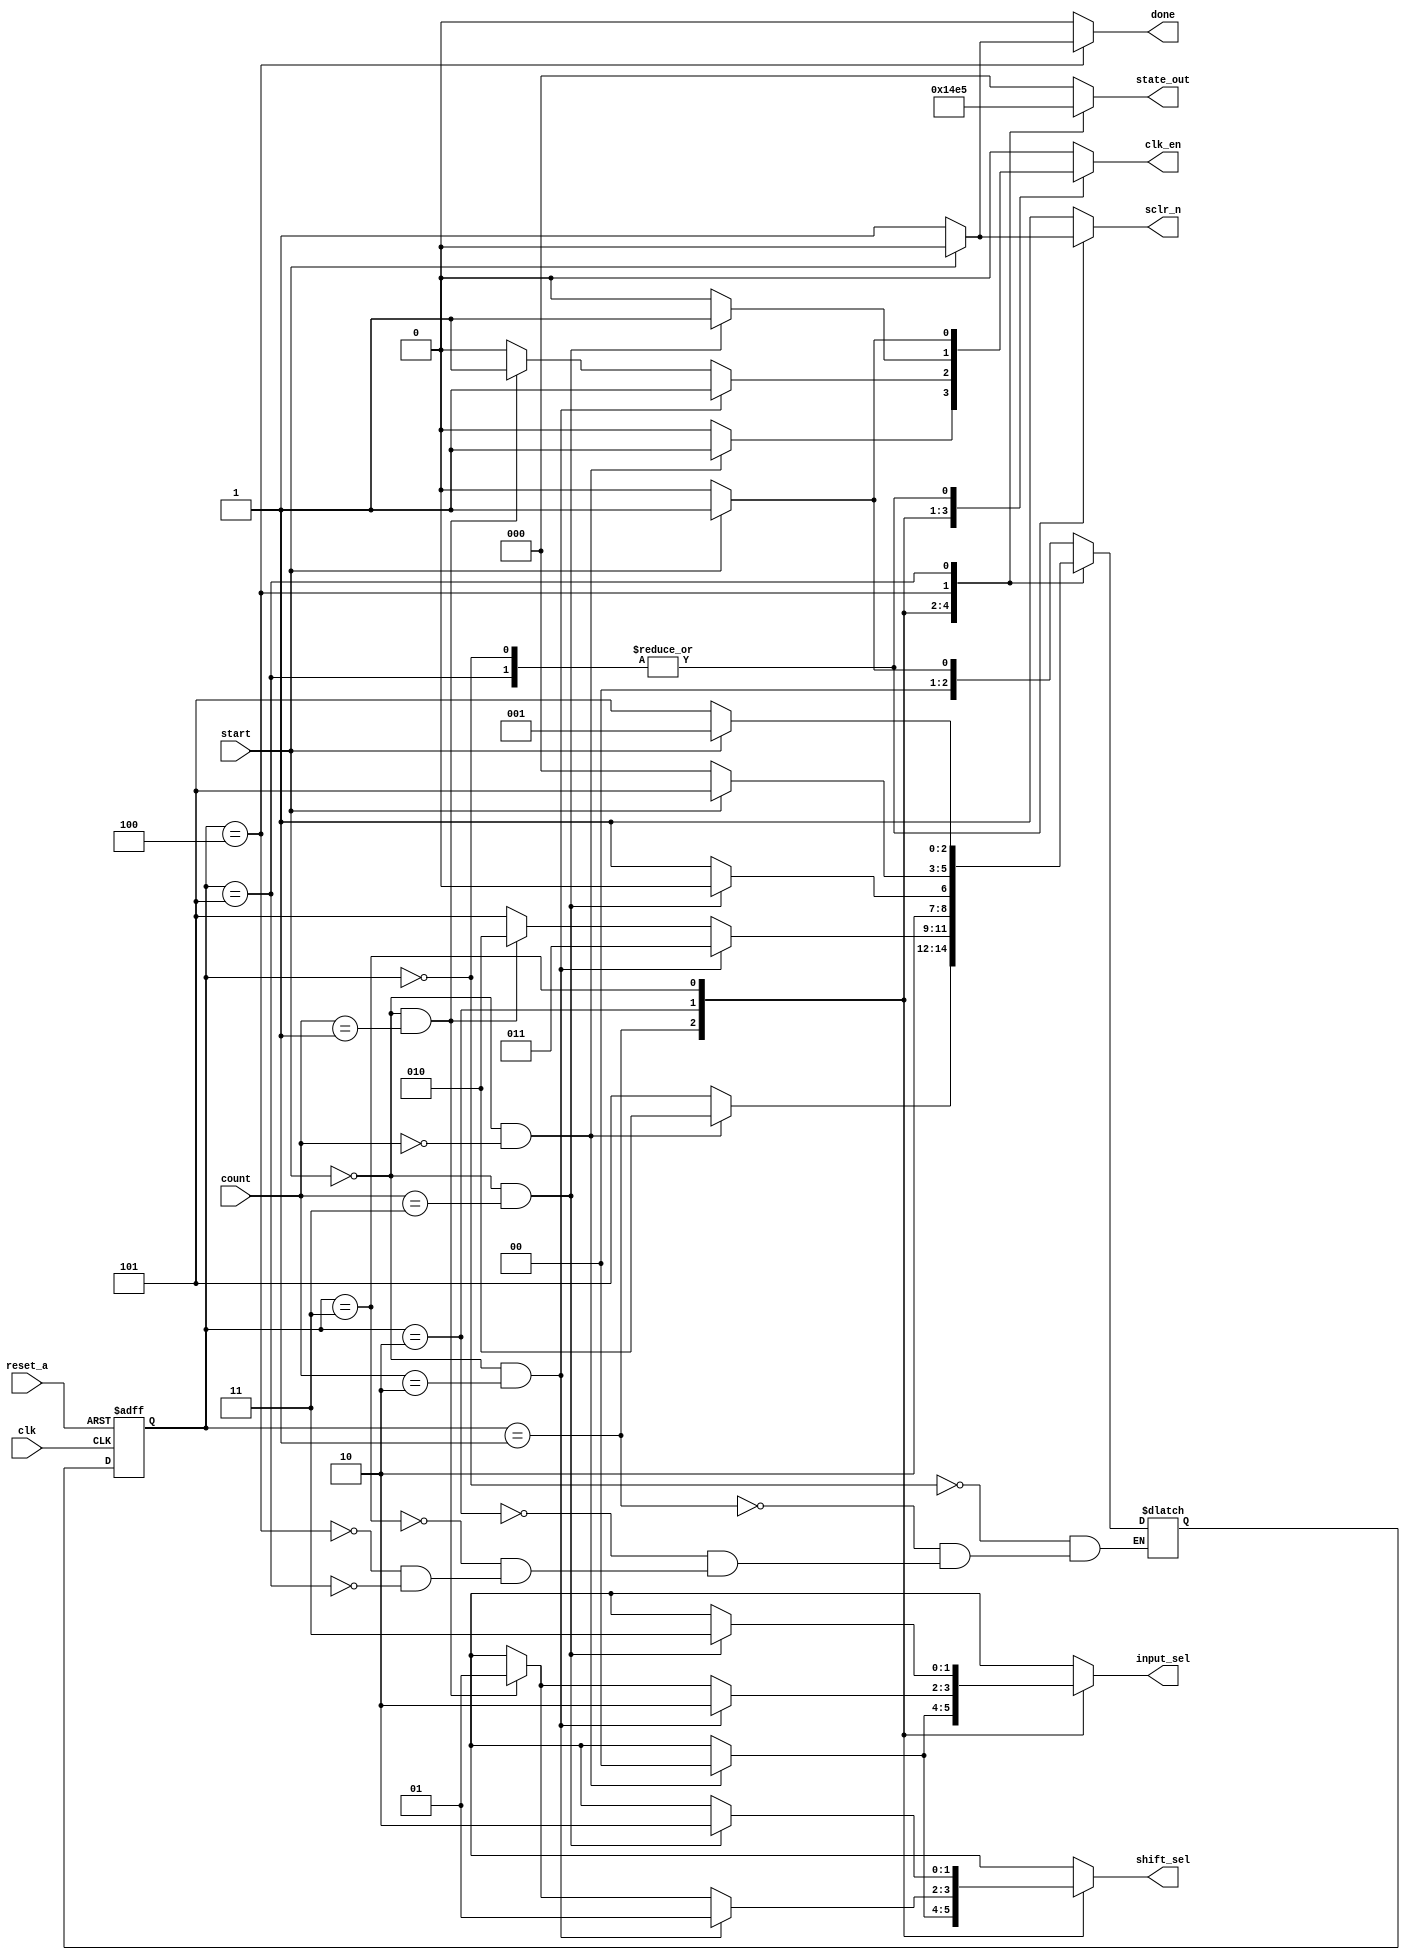
//	ECE 176 HW 11 mult_control
// Multiplier Control State Machine (Moore Machine)
//
// Programmer: Zachary Stewart
//
// Description: 
///////////////////////////////////////////////////////////////////

`timescale 1ns / 100ps

module mult_control (clk,reset_a,start,count,input_sel,shift_sel,
							state_out,done,clk_en,sclr_n);
	
	// Declare input ports
	input clk, reset_a, start;
	input [1:0] count;
	
	// Declare output ports
	output reg [1:0] input_sel, shift_sel;
	output reg done, clk_en, sclr_n;
	output reg [2:0] state_out;
	
	
	// Registers to implement the functionality of the state
	// machine. These are the state variables
	reg [2:0] curState, nextState;
	
	// The parameter equates a numerical value to the different
	// possible states.
	parameter IDLE = 3'b000,
				 LSB = 3'b001,
				 MID = 3'b010,
				 MSB = 3'b011,
				 CALC_DONE = 3'b100,
				 ERR = 3'b101;
				 
	// This always block implements the functionality of reset_a
	// reset_a is a synchronous reset
	always @ (posedge clk, posedge reset_a)
		begin
			if(reset_a == 1'b1)
				curState <= IDLE;
			else
				curState <= nextState;
		end

	// This always block uses shorthand notation (*) to have 
	// Verilog implement the sensitivity list automatically
	always @ *
		begin
			// Case statement is used to determine the next
			// state depending on the current state and the
			// input received. 
			case(curState)
				IDLE:
					if(start == 1'b1)
						begin
						nextState = LSB;
						end
					else
						begin
						nextState = IDLE;
						end
				
				LSB:
					if(start == 1'b0 && count == 2'b00)
						begin
						nextState = MID;
						end
					
					else
						begin
						nextState = ERR;
						end
						
				MID:
					if(start == 1'b0 && count == 2'b10)
						begin
						nextState = MSB;
						end
					
					else if(start == 1'b0 && count == 2'b01)
						begin
						nextState = MID;
						end
					
					else
						begin
						nextState = ERR;
						end
						
				MSB:
					if(start == 1'b0 && count == 2'b11)
						begin
						nextState = CALC_DONE;
						end
						
					else
						begin
						nextState = ERR;
						end
						
				CALC_DONE:
					if(start == 1'b0)
						begin
						nextState = IDLE;
						end
						
					else
						begin
						nextState = ERR;
						end
						
				ERR:
					if(start == 1'b1)
						begin
						nextState = LSB;
						end
						
					else
						begin
						nextState = ERR;
						end
			endcase
		end
		
	// This always block initializes the outputs of the
	// mult_control module to the intial values contained
	// at the IDLE state. Afterwards, a case statement is
	// used to determine the outputs based on the current state.
	always @ *
		begin
			// Initial output values
			input_sel = 2'bxx;
			shift_sel = 2'bxx;
			done = 1'b0;
			clk_en = 1'b0;
			sclr_n = 1'b1;
			
			// Case statement to determine output values
			case(curState)
			
				// Idle State Outputs
				IDLE:
					if(start == 1'b1)
						begin
						input_sel = 2'bxx;
						shift_sel = 2'bxx;
						done = 1'b0;
						clk_en = 1'b1;
						sclr_n = 1'b0;
						end
						
				// LSB State Outputs
				LSB:
					if(start == 1'b0 && count == 2'b00)
						begin
						input_sel = 2'b00;
						shift_sel = 2'b00;
						done = 1'b0;
						clk_en = 1'b1;
						sclr_n = 1'b1;
						end
						
					else
						begin
						input_sel = 2'bXX;
						shift_sel = 2'bXX;
						done = 1'b0;
						clk_en = 1'b0;
						sclr_n = 1'b1;
						end
						
				// MID State Outputs
				MID:
					if(start == 1'b0 && count == 2'b10)
						begin
						input_sel = 2'b10;
						shift_sel = 2'b01;
						done = 1'b0;
						clk_en = 1'b1;
						sclr_n = 1'b1;
						end
					
					else if(start == 1'b0 && count == 2'b01)
						begin
						input_sel = 2'b01;
						shift_sel = 2'b01;
						done = 1'b0;
						clk_en = 1'b1;
						sclr_n = 1'b1;
						end
						
					else
						begin
						input_sel = 2'bxx;
						shift_sel = 2'bxx;
						done = 1'b0;
						clk_en = 1'b0;
						sclr_n = 1'b1;
						end
						
				// MSB State Outputs
				MSB:
					if(start == 1'b0 && count == 2'b11)
						begin
						input_sel = 2'b11;
						shift_sel = 2'b10;
						done = 1'b0;
						clk_en = 1'b1;
						sclr_n = 1'b1;
						end
						
					else
						begin
						input_sel = 2'bxx;
						shift_sel = 2'bxx;
						done = 1'b0;
						clk_en = 1'b0;
						sclr_n = 1'b1;
						end
				
				// CALC_DONE State Outputs
				CALC_DONE:
					if(start == 1'b0)
						begin
						input_sel = 2'bxx;
						shift_sel = 2'bxx;
						done = 1'b1;
						clk_en = 1'b0;
						sclr_n = 1'b1;
						end
						
					else
						begin
						input_sel = 2'bxx;
						shift_sel = 2'bxx;
						done = 1'b0;
						clk_en = 1'b0;
						sclr_n = 1'b1;
						end
				
				// ERR State Outputs
				ERR:
					if(start == 1'b1)
						begin
						input_sel = 2'bxx;
						shift_sel = 2'bxx;
						done = 1'b0;
						clk_en = 1'b1;
						sclr_n = 1'b0;
						end
						
					else
						begin
						input_sel = 2'bxx;
						shift_sel = 2'bxx;
						done = 1'b0;
						clk_en = 1'b0;
						sclr_n = 1'b1;
						end
			endcase	
		end
	
	// This always statement is used to convert the 
	// parameterized states to binary outputs for
	// the multiplier
	always @ (curState)
		begin
			case(curState)
				IDLE:
					state_out = 3'b000;
				LSB:
					state_out = 3'b001;
				MID:
					state_out = 3'b010;
				MSB:
					state_out = 3'b011;
				CALC_DONE:
					state_out = 3'b100;
				ERR:
					state_out = 3'b101;
				default:
					state_out = 3'b000;
			endcase
		end	
endmodule